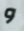
و